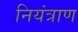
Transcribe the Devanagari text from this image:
नियंत्राण